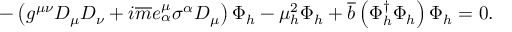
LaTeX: - \left( g ^ { \mu \nu } D _ { \mu } D _ { \nu } + i \overline { { { m } } } e _ { \alpha } ^ { \mu } \sigma ^ { \alpha } D _ { \mu } \right) \Phi _ { h } - \mu _ { h } ^ { 2 } \Phi _ { h } + \overline { { { b } } } \left( \Phi _ { h } ^ { \dagger } \Phi _ { h } \right) \Phi _ { h } = 0 .